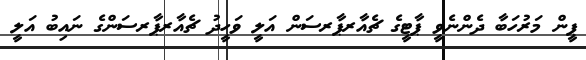
ޕީން މަރުހަބާ ދެންނެވީ ޕާޓީގެ ޗެއާރޕާރސަން އަލީ ވަހީދު ޗެއާރޕާރސަންގެ ނައިބު އަލީ